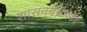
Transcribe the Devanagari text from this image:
शासनयंत्रणेवर